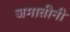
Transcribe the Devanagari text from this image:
जमातीनी